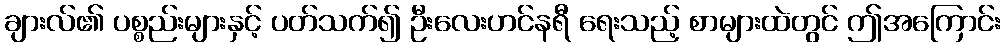
ချားလ်၏ ပစ္စည်းများနှင့် ပတ်သက်၍ ဦးလေးဟင်နရီ ရေးသည့် စာများထဲတွင် ဤအကြောင်း